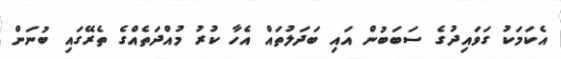
އެކަމަކު ގަވައިދުގެ ސަބަބުން އައި ބަދަލުތައް އެހާ ކުރު މުއްދަތެއްގެ ތެރޭގައި ބުނަން